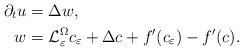
LaTeX: \begin{align*}\partial_tu &= \Delta w, \\w &= \mathcal{L}_\varepsilon^\Omega c_\varepsilon + \Delta c + f^\prime(c_\varepsilon) - f^\prime(c) .\end{align*}